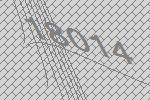
18014